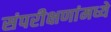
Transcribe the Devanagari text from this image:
संपरीक्षणांमध्ये